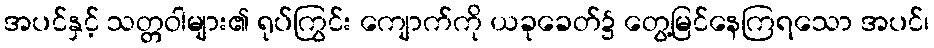
အပင်နှင့် သတ္တဝါများ၏ ရုပ်ကြွင်း ကျောက်ကို ယခုခေတ်၌ တွေ့မြင်နေကြရသော အပင်၊